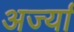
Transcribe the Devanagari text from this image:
अर्ज्या